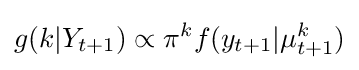
g(k|Y_{t+1})\propto \pi ^{k}f(y_{t+1}|\mu _{t+1}^{k})